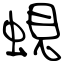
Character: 蜆